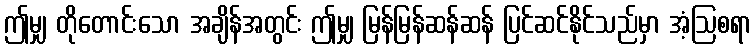
ဤမျှ တိုတောင်းသော အချိန်အတွင်း ဤမျှ မြန်မြန်ဆန်ဆန် ပြင်ဆင်နိုင်သည်မှာ အံ့ဩစရာ